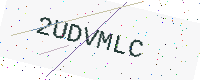
Text: 2UDVMLC